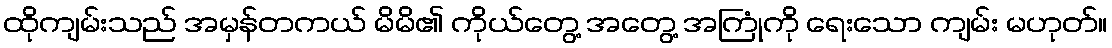
ထိုကျမ်းသည် အမှန်တကယ် မိမိ၏ ကိုယ်တွေ့ အတွေ့ အကြုံကို ရေးသော ကျမ်း မဟုတ်။